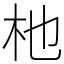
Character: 杝